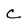
Character: C